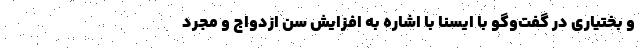
و بختیاری در گفت‌وگو با ایسنا با اشاره به افزایش سن ازدواج و مجرد